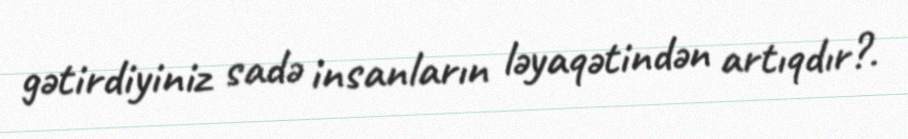
gətirdiyiniz sadə insanların ləyaqətindən artıqdır?.